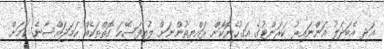
އަދި އެބަދަލު އަންނައިރު ކަރަންޓުގެ އަގުހެޔޮކޮށް ރައްޔިތުންނަށް ލުއިފަސޭހަ ގޮތްތަކެއް ހަމަޖައްސާނެ ކަމަށް